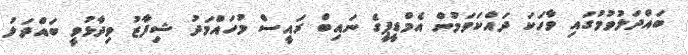
ބައްދަލުވުމުގައި ވާހަކަ ދައްކަވަމުން އެމްޑީޕީގެ ނައިބް ރައީސް މުހައްމަދު ޝިފާޒު ވިދާޅުވީ ބައްދަލު